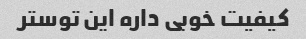
کیفیت خوبی داره این توستر